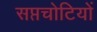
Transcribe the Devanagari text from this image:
सप्तचोटियों